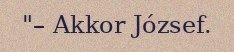
"– Akkor József.